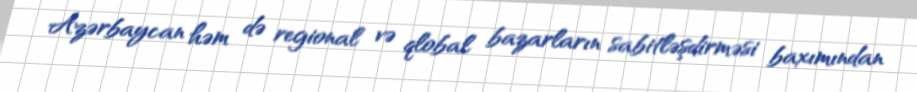
Azərbaycan həm də regional və qlobal bazarların sabitləşdirməsi baxımından